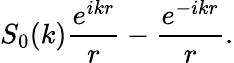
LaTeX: S_{0}(k)\frac{e^{ikr}}{r}-\frac{e^{-ikr}}{r}.